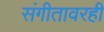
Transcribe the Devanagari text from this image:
संगीतावरही